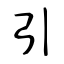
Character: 引